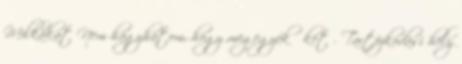
Milkákat Nem hagyhatom, hogy megegyék őket . Tartózkodási hely